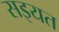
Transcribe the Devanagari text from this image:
सइयत